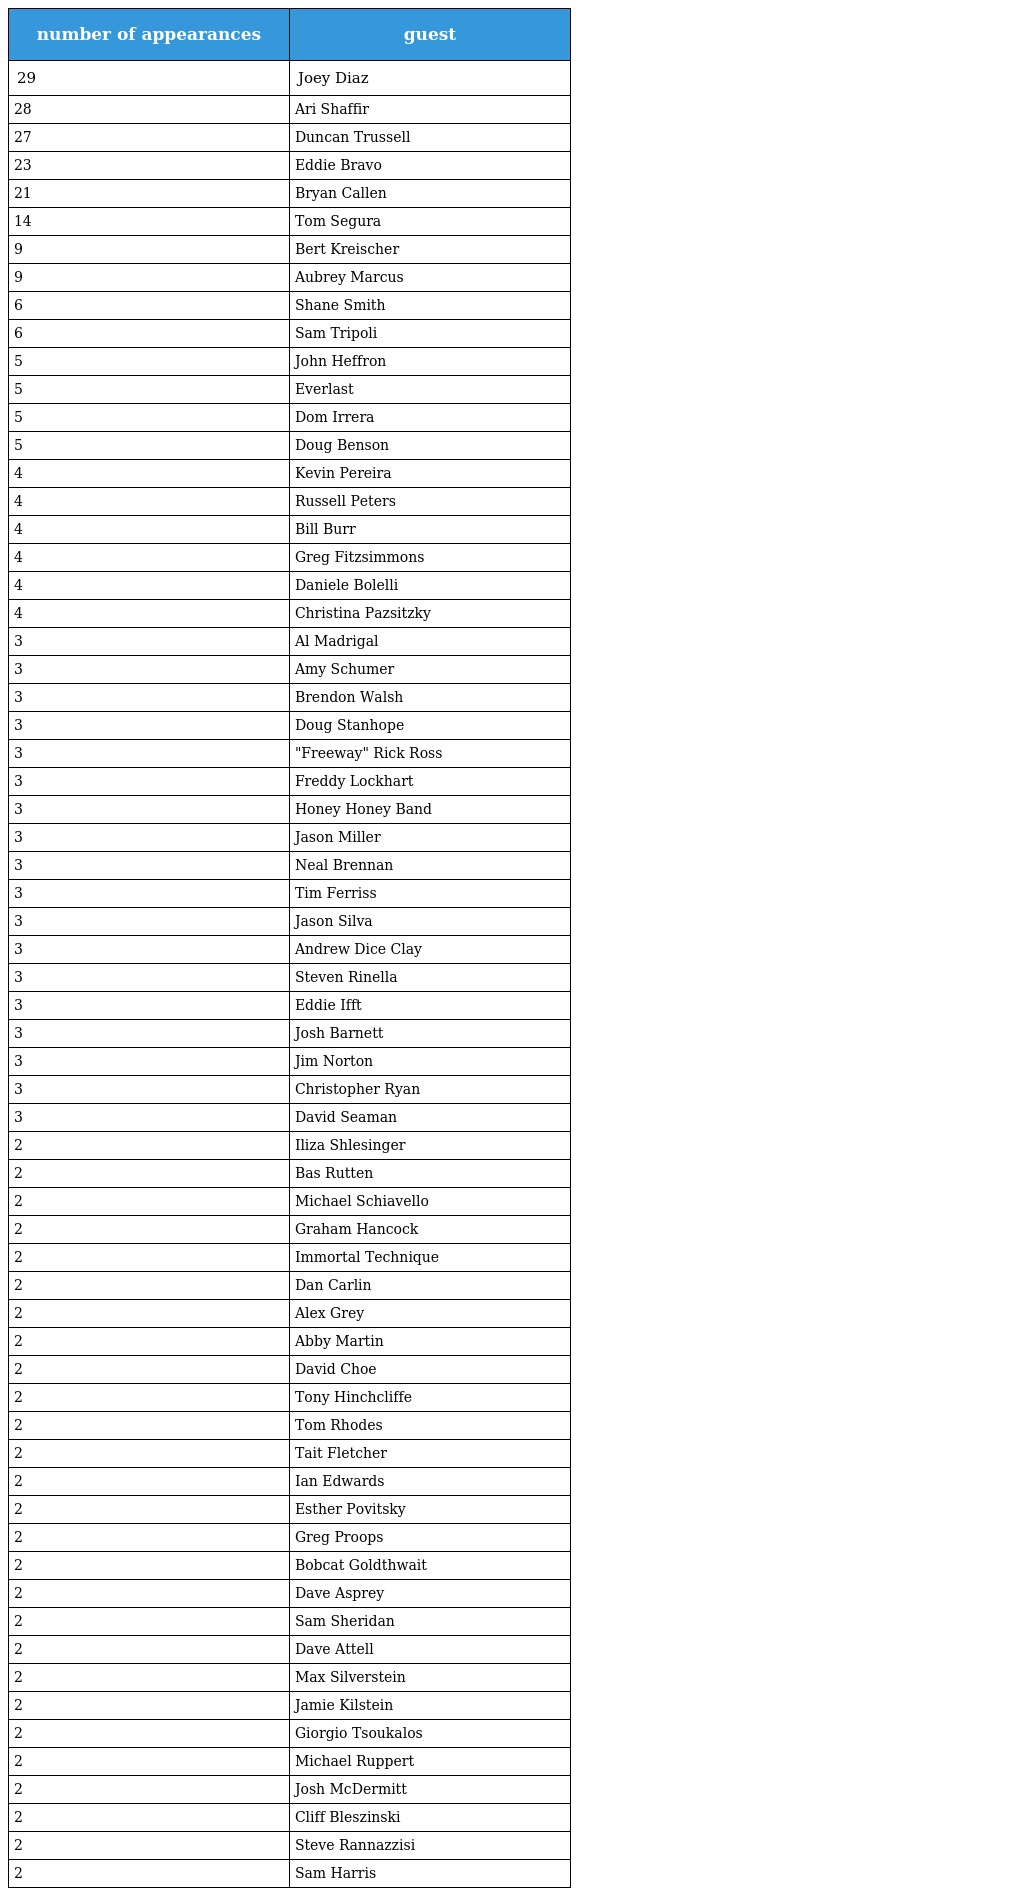
| number of appearances | guest |
 | --- | --- |
 | 29 | Joey Diaz |
 | 28 | Ari Shaffir |
 | 27 | Duncan Trussell |
 | 23 | Eddie Bravo |
 | 21 | Bryan Callen |
 | 14 | Tom Segura |
 | 9 | Bert Kreischer |
 | 9 | Aubrey Marcus |
 | 6 | Shane Smith |
 | 6 | Sam Tripoli |
 | 5 | John Heffron |
 | 5 | Everlast |
 | 5 | Dom Irrera |
 | 5 | Doug Benson |
 | 4 | Kevin Pereira |
 | 4 | Russell Peters |
 | 4 | Bill Burr |
 | 4 | Greg Fitzsimmons |
 | 4 | Daniele Bolelli |
 | 4 | Christina Pazsitzky |
 | 3 | Al Madrigal |
 | 3 | Amy Schumer |
 | 3 | Brendon Walsh |
 | 3 | Doug Stanhope |
 | 3 | "Freeway" Rick Ross |
 | 3 | Freddy Lockhart |
 | 3 | Honey Honey Band |
 | 3 | Jason Miller |
 | 3 | Neal Brennan |
 | 3 | Tim Ferriss |
 | 3 | Jason Silva |
 | 3 | Andrew Dice Clay |
 | 3 | Steven Rinella |
 | 3 | Eddie Ifft |
 | 3 | Josh Barnett |
 | 3 | Jim Norton |
 | 3 | Christopher Ryan |
 | 3 | David Seaman |
 | 2 | Iliza Shlesinger |
 | 2 | Bas Rutten |
 | 2 | Michael Schiavello |
 | 2 | Graham Hancock |
 | 2 | Immortal Technique |
 | 2 | Dan Carlin |
 | 2 | Alex Grey |
 | 2 | Abby Martin |
 | 2 | David Choe |
 | 2 | Tony Hinchcliffe |
 | 2 | Tom Rhodes |
 | 2 | Tait Fletcher |
 | 2 | Ian Edwards |
 | 2 | Esther Povitsky |
 | 2 | Greg Proops |
 | 2 | Bobcat Goldthwait |
 | 2 | Dave Asprey |
 | 2 | Sam Sheridan |
 | 2 | Dave Attell |
 | 2 | Max Silverstein |
 | 2 | Jamie Kilstein |
 | 2 | Giorgio Tsoukalos |
 | 2 | Michael Ruppert |
 | 2 | Josh McDermitt |
 | 2 | Cliff Bleszinski |
 | 2 | Steve Rannazzisi |
 | 2 | Sam Harris |